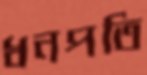
ধনপতি